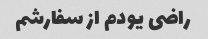
راضی یودم از سفارشم